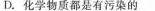
D.化学物质都是有污染的